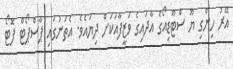
އޭރު ހިންގި ޔޫ ސްޓޫޑިއޯގެ އާދައިގެ ވަޒީފާއަކަށް ދިޔައެވެ. އެތަނުގައި ޕާސްޕޯޓް ފޮޓޯ